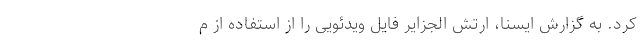
کرد. به گزارش ایسنا، ارتش الجزایر فایل ویدئویی را از استفاده از م